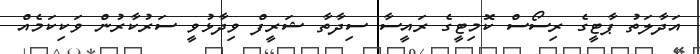
އަދާލަތު ޕާޓީގެ ރިސޯސް ކޮމިޓީގެ ރައީސާ ސިދާތާ ޝަރީފް ވިދާޅުވީ ސަރުކާރުން ވަކިކަމެއް